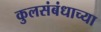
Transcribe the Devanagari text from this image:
कुलसंबंधाच्या